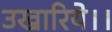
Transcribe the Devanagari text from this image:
उखारिये।।